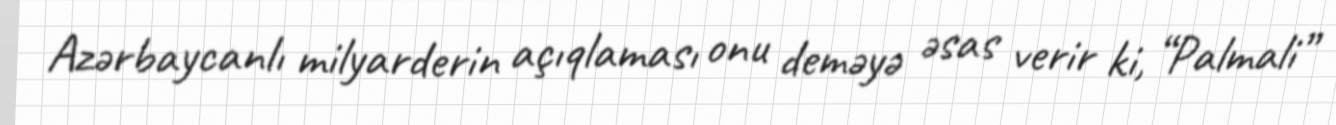
Azərbaycanlı milyarderin açıqlaması onu deməyə əsas verir ki, “Palmali”